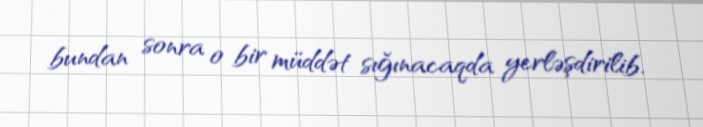
bundan sonra o bir müddət sığınacaqda yerləşdirilib.